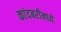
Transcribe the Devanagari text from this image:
कांदबरीमध्ये